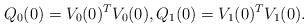
LaTeX: \begin{align*} Q_0(0) = V_0(0)^T V_0(0), Q_1(0) = V_1(0)^T V_1(0). \end{align*}